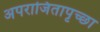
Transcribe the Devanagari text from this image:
अपराजितापृच्छा